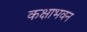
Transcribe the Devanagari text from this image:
कक्षाभवन